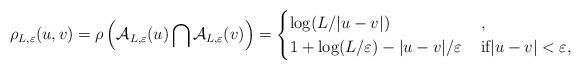
LaTeX: \begin{align*}\rho_{L,\varepsilon}(u, v) =\rho\left(\mathcal{A}_{L,\varepsilon}(u)\bigcap\mathcal{A}_{L,\varepsilon}(v)\right)= \begin{cases}\log(L/|u-v|)& \, , \\1+\log(L/\varepsilon)-|u-v|/\varepsilon & \, \text{if$|u-v|<\varepsilon$},\end{cases}\end{align*}